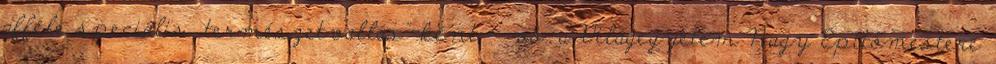
afféle speciális „természetvallás”-ként – vö. a Világegyetem Nagy Építőmestere